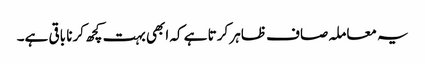
یہ معاملہ صاف ظاہر کرتا ہے کہ ابھی بہت کچھ کرنا باقی ہے۔